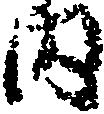
内